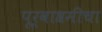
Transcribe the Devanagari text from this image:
पूर्वाश्रमीचा